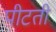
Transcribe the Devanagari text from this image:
पीटती